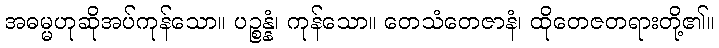
အဓမ္မဟုဆိုအပ်ကုန်သော။ ပဉ္စန္နံ၊ ကုန်သော။ တေသံတေဇာနံ၊ ထိုတေဇတရားတို့၏။